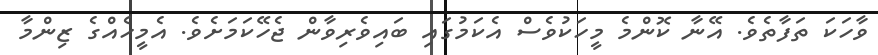
ވާހަކަ ތަފާތެވެ. އޭނާ ކޮންމެ މީހަކުވެސް އެކަމުގައި ބައިވެރިވާން ޖެހޭކަމަށެވެ. އެމީހެއްގެ ޒިންމާ